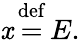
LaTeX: \mathit{x}\, {\stackrel{\mathrm{{def}}}{=}}\, E.